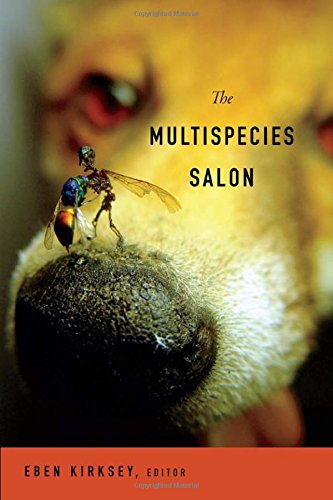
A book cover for The Multispecies Salon; Arts & Photography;